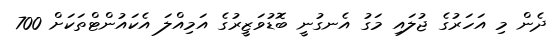
ދެން މި އަހަރުގެ ޖުލައި މަގު އެނގުނީ ބޮޑުވަޒީރުގެ އަމިއްލަ އެކައުންޓްތަކަށް 700